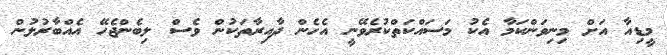
މީޑިއާ އަށް މިނިވަންކަމާ އެކު މަސައްކަތްކުރެވޭނީ އެހެން ދާއިރާތަކުން ވެސް ލިބެންޖެހޭ އެއްބާރުލުން